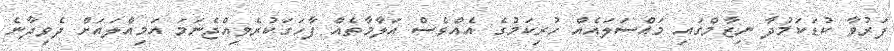
ފަރުވާ ކުޑަކަމުދާ ނިޒާމްގައި މައްސަލައެއް ހުރިކަމުގެ އެއްވެސް އަލާމާތެއް ފާހަގަކުރެވިއްޖެނަމަ އަމިއްލައަށް ދެވިދާނެ